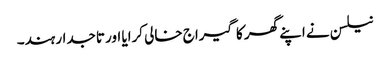
نیلسن نے اپنے گھر کا گیراج خالی کرایا اور تاجدار ہند۔